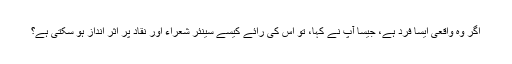
اگر وہ واقعی ایسا فرد ہے، جیسا آپ نے کہا، تو اس کی رائے کیسے سینئر شعراء اور نقاد پر اثر انداز ہو سکتی ہے؟